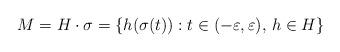
LaTeX: \begin{align*}M=H\cdot \sigma = \{h(\sigma(t)): t\in(-\varepsilon, \varepsilon), \, h\in H\}\end{align*}